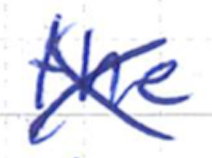
Text: the
Cross-out: cross
Writing tool: ballpoint